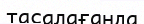
тасалағанда